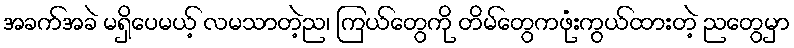
အခက်အခဲ မရှိပေမယ့် လမသာတဲ့ည၊ ကြယ်တွေကို တိမ်တွေကဖုံးကွယ်ထားတဲ့ ညတွေမှာ